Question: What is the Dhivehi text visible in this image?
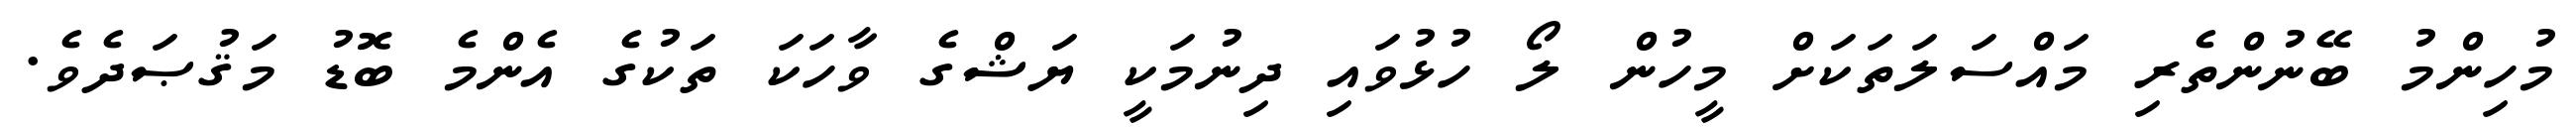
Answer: މުހިންމު ބޭނުންތެރި މައްސަލަތަކަށް މީހުން ލޯ ހުޅުވައި ދިނުމަކީ ޔަޝްގެ ވާހަކަ ތަކުގެ އެންމެ ބޮޑު މަޤުޞަދެވެ.